Annual report on the working of the lock hospitals in the Central Provinces
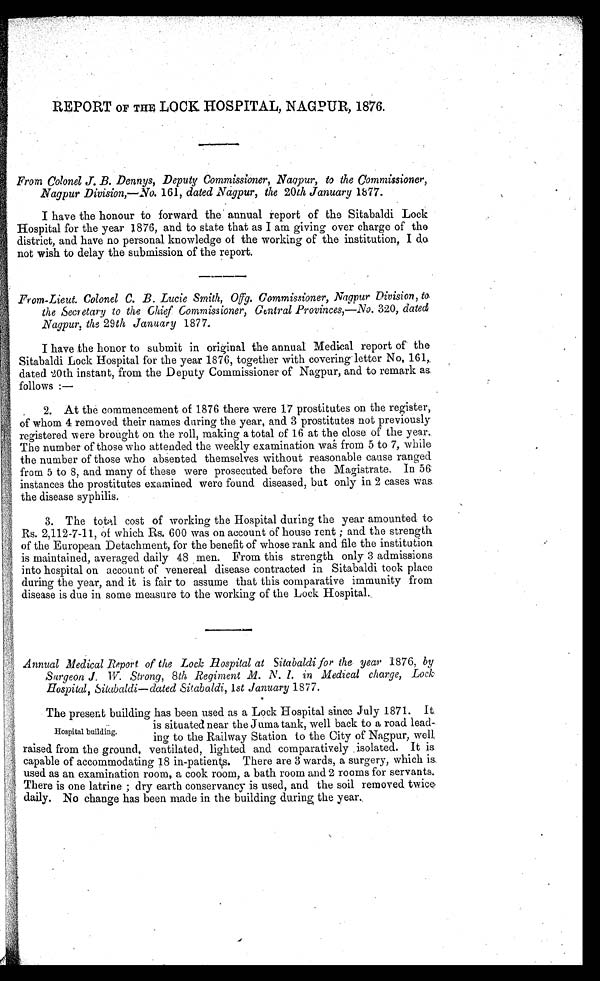
REPORT OF THM LOCK HOSPITAL, NAGPUR, 1876.
From Colonel J. B. Dennys, Deputy Commissioner, Nagpur, to the Commissioner,
Nagpur Division,—No. 161, dated Nagpur, the 20th January 1877.
I have the honour to forward the annual report of the Sitabaldi Lock
Hospital for the year 1876, and to state that as I am giving over charge of the
district, and have no personal knowledge of the working of the institution, I do
not wish to delay the submission of the report.
From-Lieut. Colonel C. B. Lucie Smith, Offg. Commissioner, Nagpur Division, to
the Secretary to the Chief Commissioner, Central Provinces,—No. 320, dated
Nagpur, the 29th January 1877.
I have the honor to submit in original the annual Medical report of the
Sitabaldi Lock Hospital for the year 1876, together with covering letter No, 161,.
dated 20th instant, from the Deputy Commissioner of Nagpur, and to remark as
follows :—
2.At the commencement of 1876 there were 17 prostitutes on the register,
of whom 4 removed their names during the year, and 3 prostitutes not previously
registered were brought on the roll, making a total of 16 at the close of the year.
The number of those who attended the weekly examination was from 5 to 7, while
the number of those who absented themselves without reasonable cause ranged
from 5 to 8, and many of these were prosecuted before the Magistrate. In 56
instances the prostitutes examined were found diseased, but only in 2 cases was
the disease syphilis.
3.The total cost of working the Hospital during the year amounted to
Rs. 2,112-7-11, of which Rs. 600 was on account of house rent ; and the strength
of the European Detachment, for the benefit of whose rank and file the institution
is maintained, averaged daily 48 men. From this strength only 3 admissions
into hospital on account of venereal disease contracted in Sitabaldi took place
during the year, and it is fair to assume that this comparative immunity from
disease is due in some measure to the working of the Lock Hospital.
Annual Medical Report of the Lock Hospital at Sitabaldi for the year 1876, by
Surgeon J. W. Strong, 8th Regiment .M. N. I. i n M e d i c a l c h a r g e , L o c k .
H o s p i t a l , S i t a b a l d i — d a t e d S i t a b a l d i , 1 s t J a n u a r y 1 8 7 7 .
Hospital building.
The present building has been used as a Lock Hospital since July 1871. It.
is situated near the Juma tank, well back to a road lead
-ing to the Railway Station to the City of Nagpur, well
raised from the ground, ventilated, lighted and comparatively isolated. It is
capable of accommodating 18 in-patients. There are 3 wards, a surgery, which is
used as an examination room, a cook room, a bath room and 2 rooms for servants.
There is one latrine ; dry earth conservancy is used, and the soil removed twice
daily. No change has been made in the building during the year.
Hospital building.